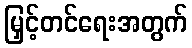
မြှင့်တင်ရေးအတွက်